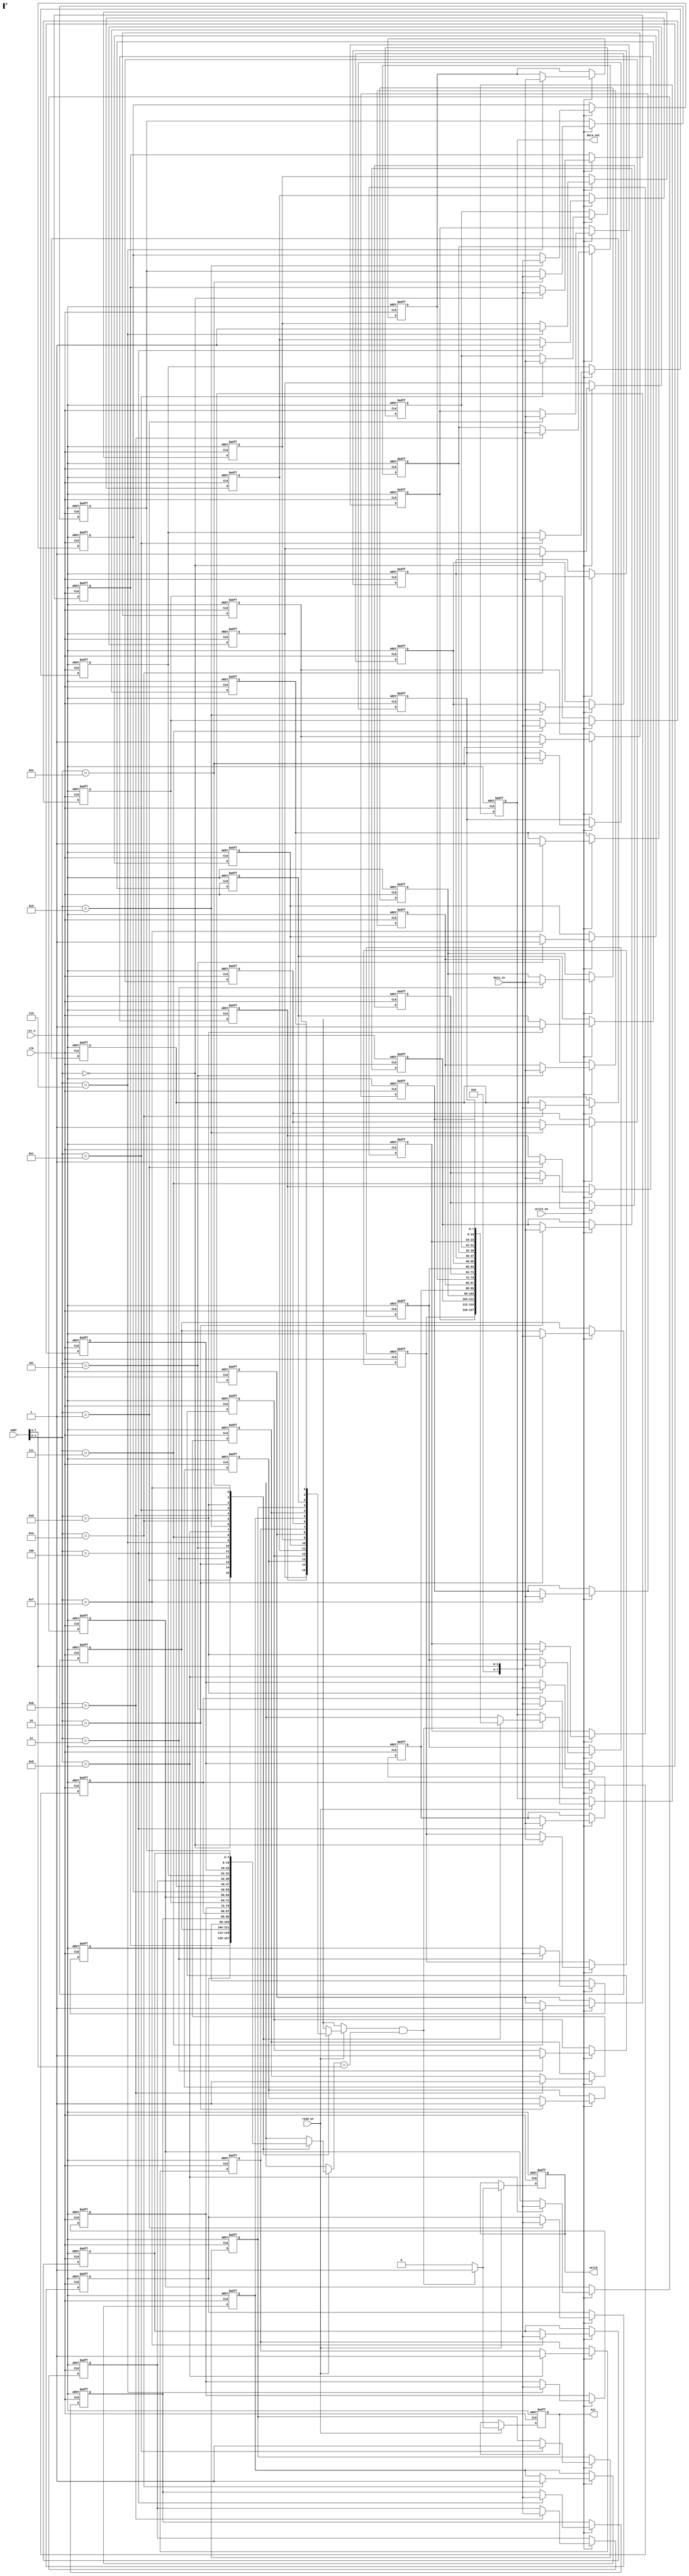
module non_volatile_cache #(
    parameter CACHE_SIZE = 16,     // Number of cache lines
    parameter LINE_SIZE = 8,       // Number of bytes per cache line
    parameter ADDR_WIDTH = 8        // Address width
)(
    input wire clk,
    input wire rst_n,
    input wire [ADDR_WIDTH-1:0] addr,  // Address for read/write
    input wire [LINE_SIZE-1:0] data_in, // Data input for write
    input wire read_en,                 // Read enable
    input wire write_en,                // Write enable
    output reg [LINE_SIZE-1:0] data_out,// Data output for read
    output reg hit,                     // Cache hit indicator
    output reg valid                    // Valid data indicator
);

    // Cache line structure
    reg [LINE_SIZE-1:0] cache_data [0:CACHE_SIZE-1]; // Cache data storage
    reg [ADDR_WIDTH-1:0] cache_tag [0:CACHE_SIZE-1];  // Tag for address matching
    reg valid_bit [0:CACHE_SIZE-1];                    // Valid bit for each line
    reg dirty_bit [0:CACHE_SIZE-1];                    // Dirty bit for write-back mode

    // Cache control logic
    integer i;
    reg [ADDR_WIDTH-1:0] tag;
    reg [3:0] index; // Assuming CACHE_SIZE <= 16 for simplicity

    always @(posedge clk or negedge rst_n) begin
        if (!rst_n) begin
            // Initialize cache
            for (i = 0; i < CACHE_SIZE; i = i + 1) begin
                cache_data[i] <= {LINE_SIZE{1'b0}};
                cache_tag[i] <= {ADDR_WIDTH{1'b0}};
                valid_bit[i] <= 1'b0;
                dirty_bit[i] <= 1'b0;
            end
            hit <= 1'b0;
            valid <= 1'b0;
            data_out <= {LINE_SIZE{1'b0}};
        end else begin
            index = addr[3:0]; // Simple direct-mapped index
            tag = addr[ADDR_WIDTH-1:4]; // Extracting tag from address
            
            // Read operation
            if (read_en) begin
                if (valid_bit[index] && (cache_tag[index] == tag)) begin
                    // Cache hit
                    data_out <= cache_data[index];
                    hit <= 1'b1;
                    valid <= 1'b1;
                end else begin
                    // Cache miss
                    hit <= 1'b0;
                    valid <= 1'b0;
                    // Fetch data from main memory (not implemented here)
                end
            end
            
            // Write operation
            if (write_en) begin
                cache_data[index] <= data_in;
                cache_tag[index] <= tag;
                valid_bit[index] <= 1'b1;
                dirty_bit[index] <= 1'b1; // Mark as dirty for write-back
            end
        end
    end

endmodule